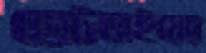
ছোটভাইয়ের